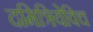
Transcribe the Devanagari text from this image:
दमित्रियेविच